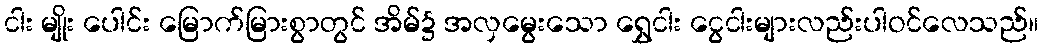
ငါး မျိုး ပေါင်း မြောက်မြားစွာတွင် အိမ်၌ အလှမွေးသော ရွှေငါး ငွေငါးများလည်းပါဝင်လေသည်။